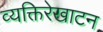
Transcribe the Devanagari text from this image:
व्यक्तिरेखाटन